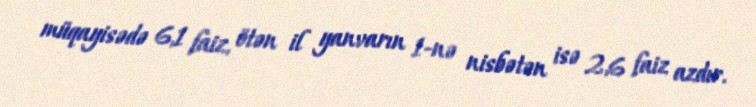
müqayisədə 6,1 faiz, ötən il yanvarın 1-nə nisbətən isə 2,6 faiz azdır.